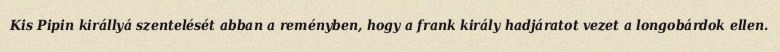
Kis Pipin királlyá szentelését abban a reményben, hogy a frank király hadjáratot vezet a longobárdok ellen.